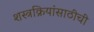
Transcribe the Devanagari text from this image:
शस्त्रक्रियांसाठीची